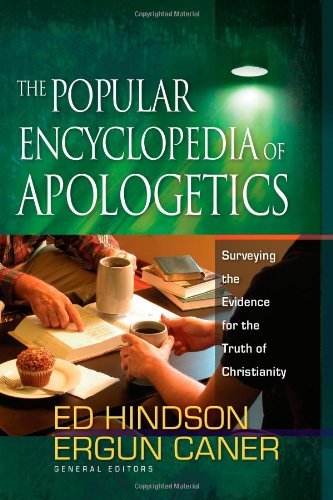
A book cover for The Popular Encyclopedia of Apologetics: Surveying the Evidence for the Truth of Christianity; Ed Hindson; Reference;